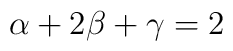
\alpha + 2 \beta + \gamma = 2